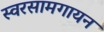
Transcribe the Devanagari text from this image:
स्वरसामगायन